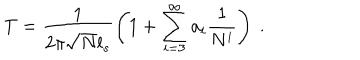
T = \frac { 1 } { 2 \pi \sqrt { N } l _ { s } } \left( 1 + \sum _ { i = 3 } ^ { \infty } a _ { i } \frac { 1 } { N ^ { i } } \right) \ .